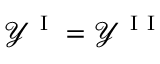
\mathcal { Y } ^ { \mathrm { ~ I ~ } } = \mathcal { Y } ^ { \mathrm { ~ I ~ I ~ } }